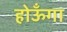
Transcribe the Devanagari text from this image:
होऊँगा